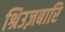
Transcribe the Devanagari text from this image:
श्रिउज़बारि